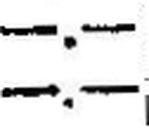
—.—